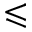
\leqslant